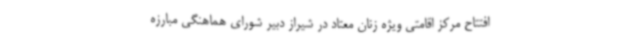
افتتاح مرکز اقامتی ویژه زنان معتاد در شیراز دبیر شورای هماهنگی مبارزه